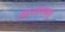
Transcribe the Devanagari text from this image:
तीर्थस्थानही